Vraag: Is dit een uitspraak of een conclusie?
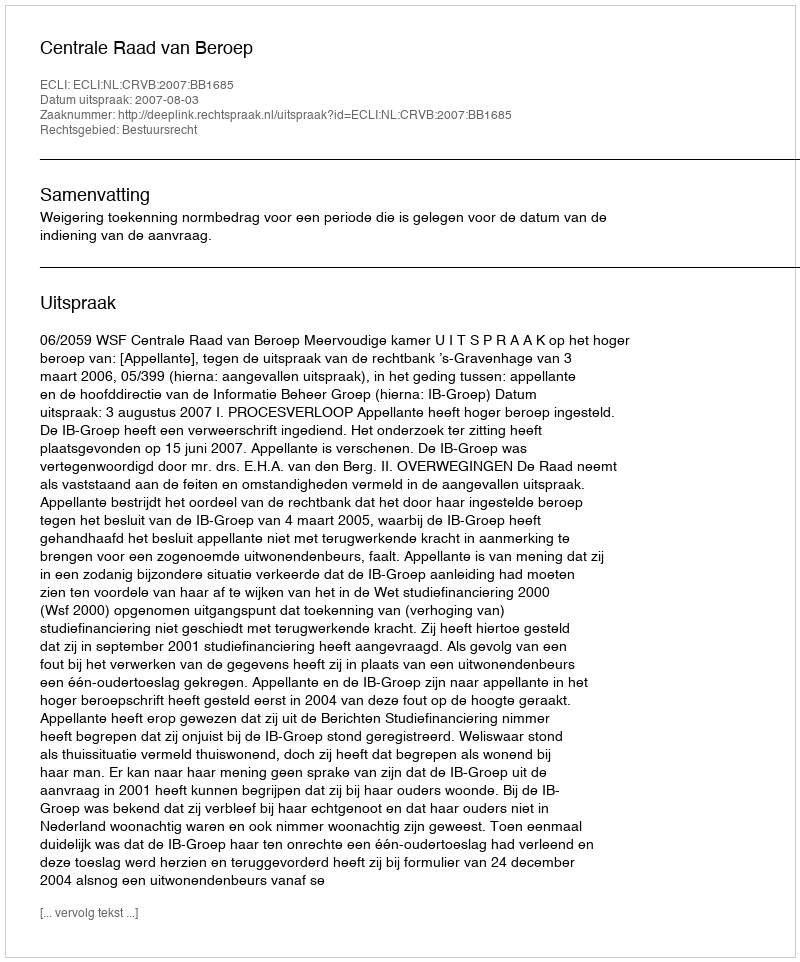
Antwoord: Uitspraak